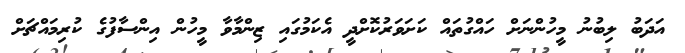
އަދަބު ލިބުނު މީހުންނަށް ހައްގުތައް ކަށަވަރުކޮށްދީ އެކަމުގައި ޒިންމާވާ މީހުން އިންސާފުގެ ކުރިމައްޗަށް